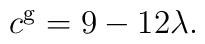
c^{\mathrm{g}}=9-12\lambda .